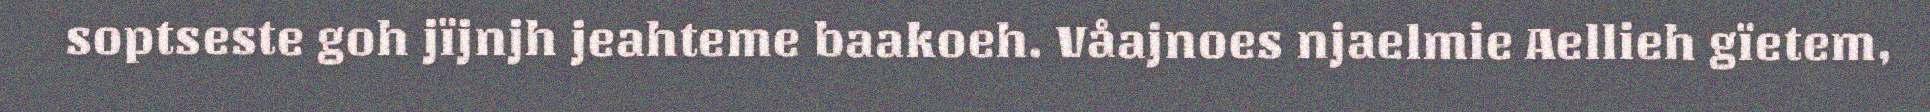
soptseste goh jïjnjh jeahteme baakoeh. Våajnoes njaelmie Aellieh gïetem,